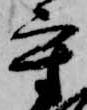
守